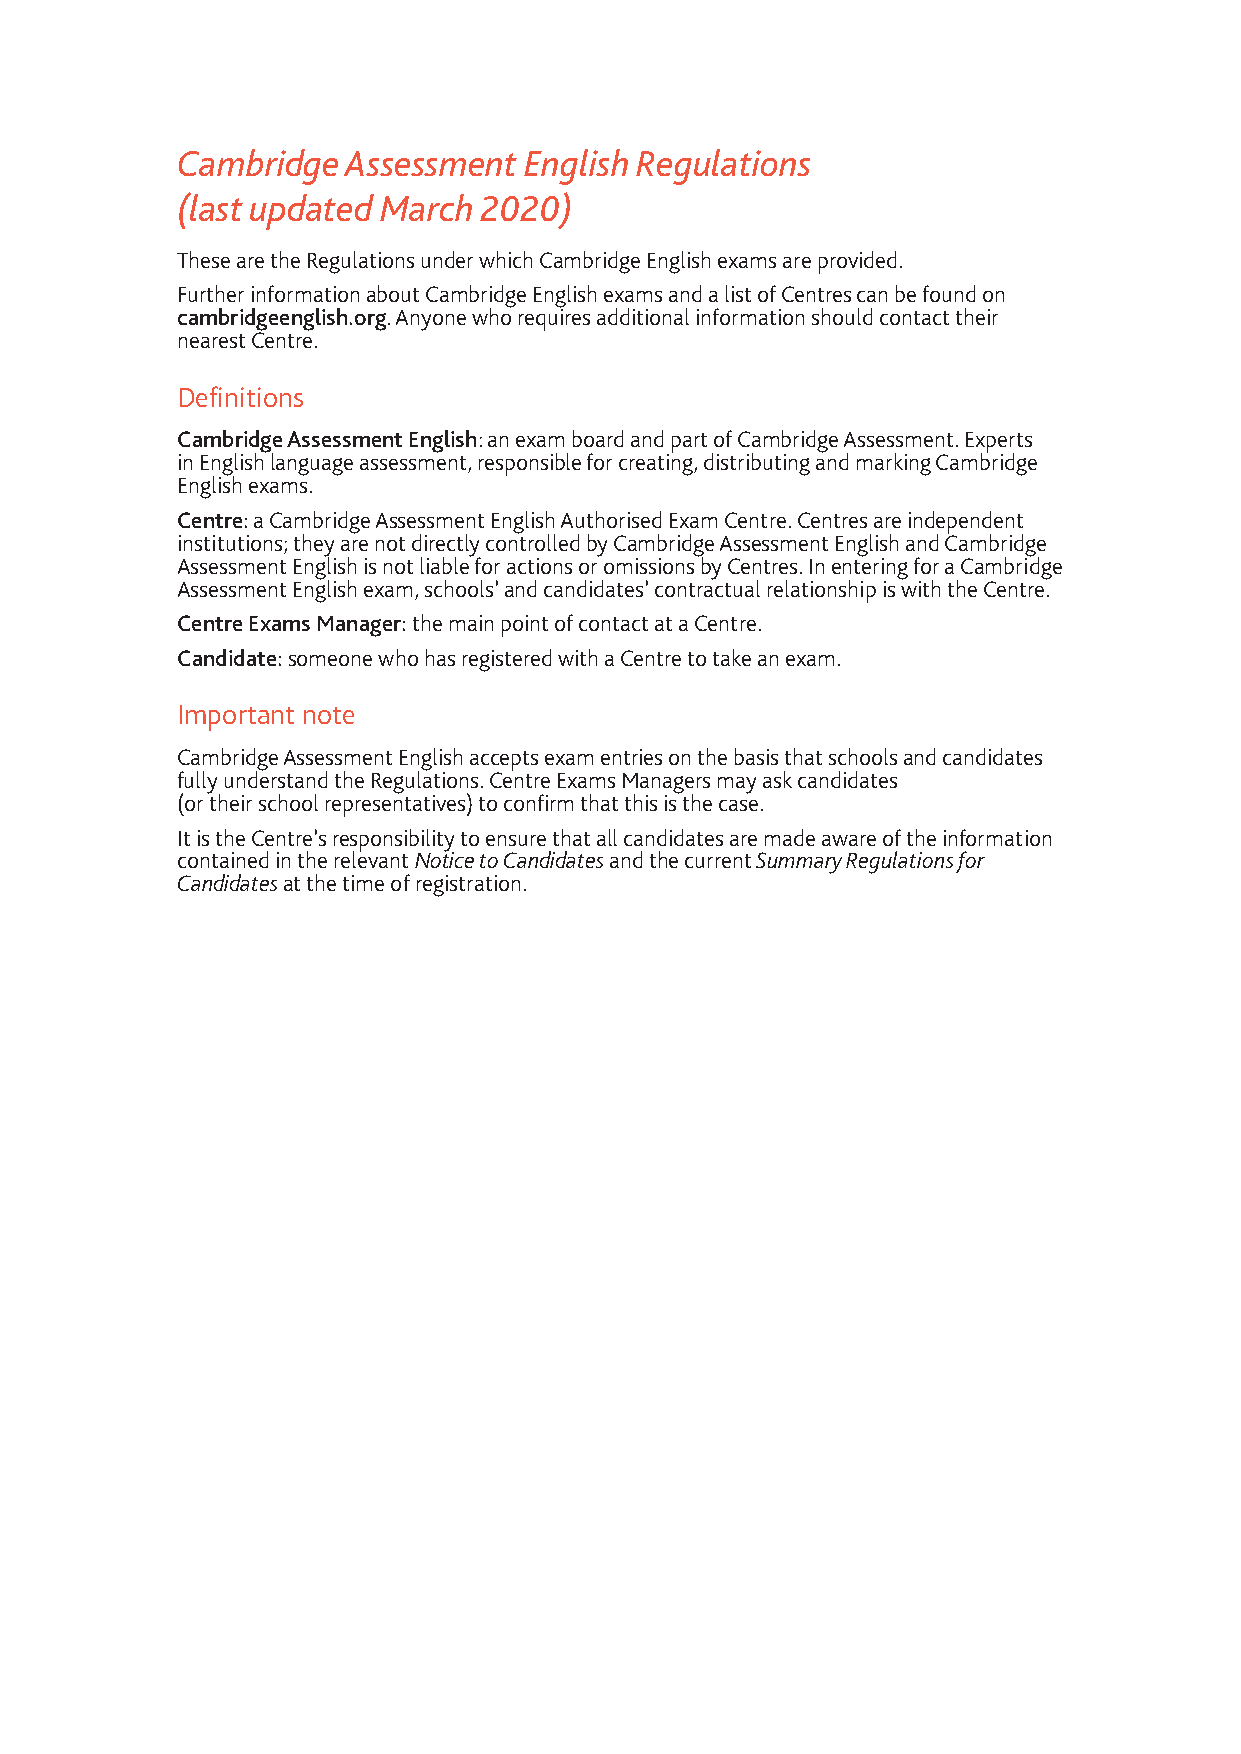
Cambridge  Assessment  English Regulations
 (last updated March 2020)
 These are the Regulations under which Cambridge English exams are provided.
 Further information about Cambridge English exams and a list of Centres can be found on
 cambridgeenglish.org. Anyone who requires additional information should contact their
 nearest Centre.
 Definitions
 Cambridge Assessment English: an exam board and part of Cambridge Assessment. Experts
 in English language assessment, responsible for creating, distributing and marking Cambridge
 English exams.
 Centre: a Cambridge Assessment English Authorised Exam Centre. Centres are independent
 institutions; they are not directly controlled by Cambridge Assessment English and Cambridge
 Assessment English is not liable for actions or omissions by Centres. In entering for a Cambridge
 Assessment English exam, schools’ and candidates’ contractual relationship is with the Centre.
 Centre Exams Manager: the main point of contact at a Centre.
 Candidate: someone who has registered with a Centre to take an exam.
 Important note
 Cambridge Assessment English accepts exam entries on the basis that schools and candidates
 fully understand the Regulations. Centre Exams Managers may ask candidates
 (or their school representatives) to confirm that this is the case.
 It is the Centre’s responsibility to ensure that all candidates are made aware of the information
 contained in the relevant Notice to Candidates and the current Summary Regulations for
 Candidates at the time of registration.